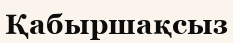
Қабыршақсыз